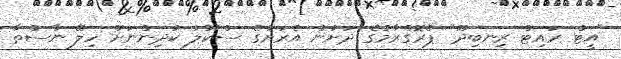
"އީޓް ރައިޓް ރިނބިދޫ" ޕްރޮގްރާމުގެ ދަށުން އެރަށުގެ ސްކޫލު ކުދިންނަށް ހިލޭ ނާސްތާ